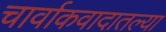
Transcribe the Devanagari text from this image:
चार्वाकवादातल्या